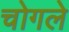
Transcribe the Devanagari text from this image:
चोगले